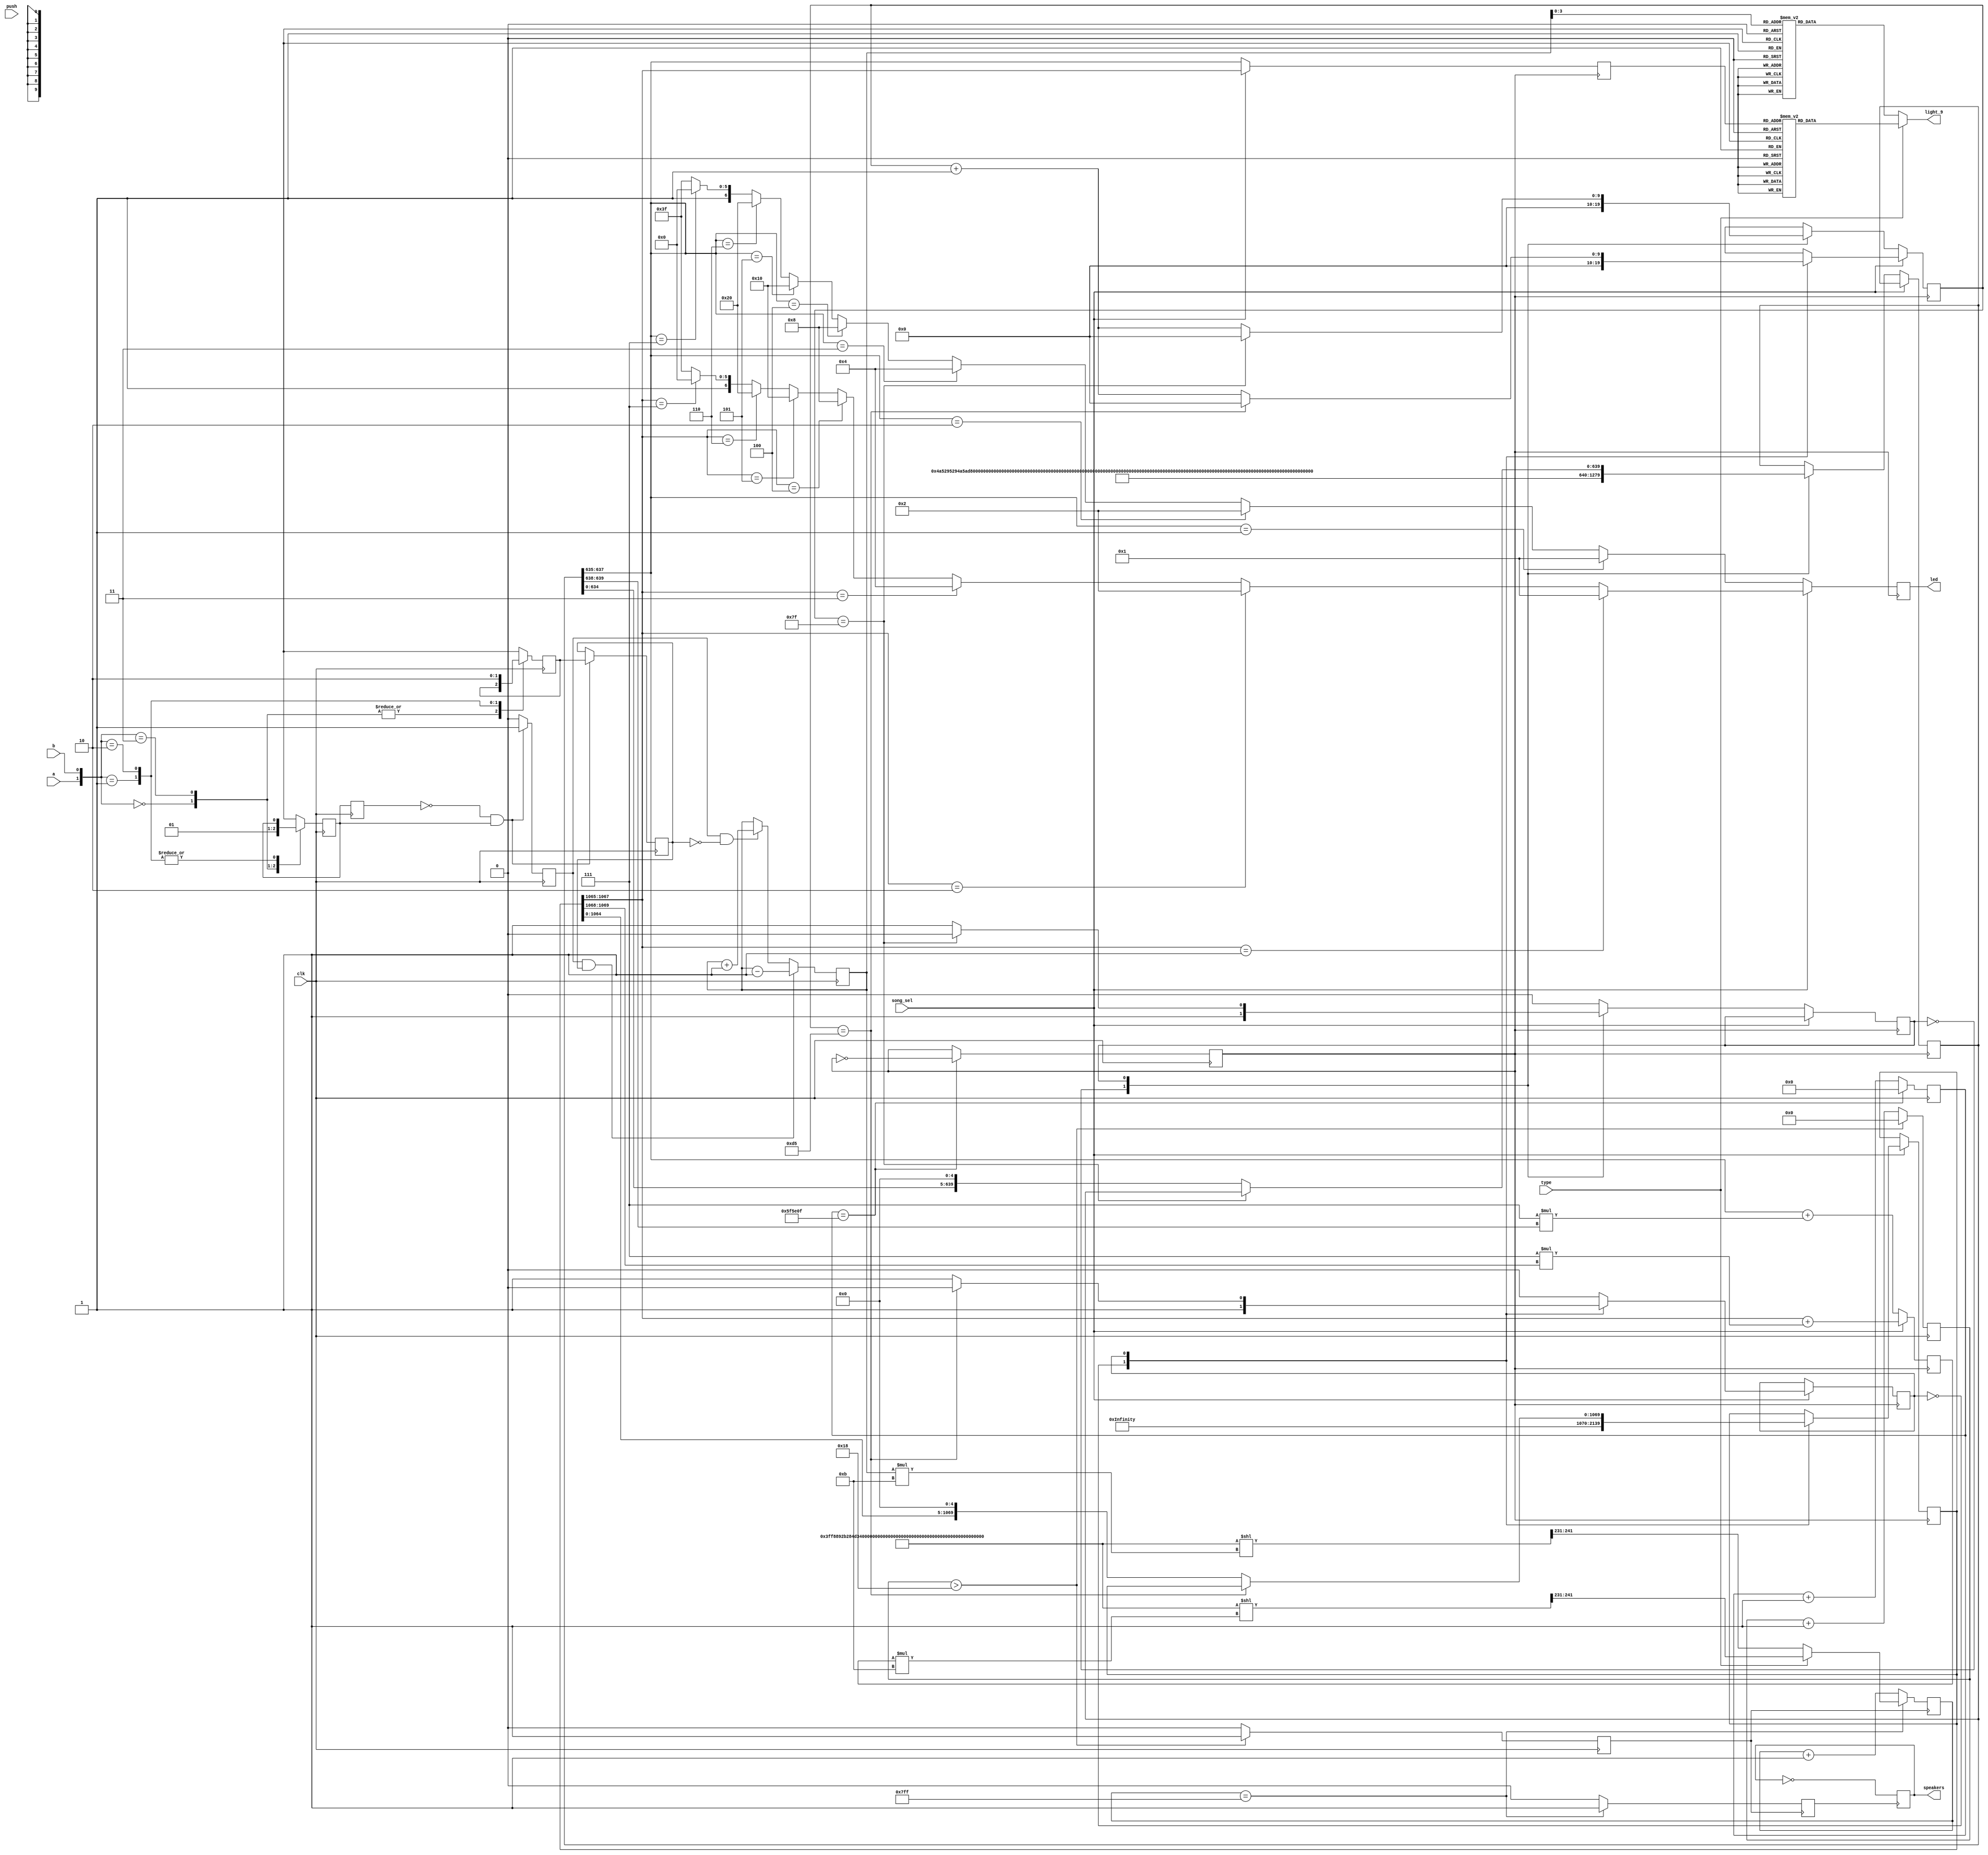
`timescale 1ns / 1ps
//////////////////////////////////////////////////////////////////////////////////
// Company: 
// Engineer: 
// 
// Design Name: 
// Module Name:    music3 
// Project Name: 
// Target Devices: 
// Tool versions: 
// Description: 
//
// Dependencies: 
//
// Revision: 
// Revision 0.01 - File Created
// Additional Comments: 
//
//////////////////////////////////////////////////////////////////////////////////

module piano(clk,song_sel,led,speakers,light_9,type,a, b, push);

input a, b, push;
reg qa = 0, qb = 0;
reg qa_dly = 0;
reg rot_event = 0; 
reg rot_left = 0;


input clk;
input song_sel;
output [6:0]led; 
input type;//
reg speaker;
output speakers;
output [7:0]light_9;
reg[7:0] lcd_9;

reg [31:0]p;
reg clk_8Hz;
always@(posedge clk)
	begin
		if(p==25000000/4-1)			
		begin clk_8Hz=~clk_8Hz;
			p<=0;
			end
		else p<=p+1;
	end	
reg[2:0] code;//01234567
reg[6:0] led;//0,1,2,3,4,5,6,7
reg[4:0] note;//0~21
reg [1069:0]buf_music1;
		reg [639:0]buf_music2;
		parameter s0=1'b0,s1=1'b1;
		reg state1,state2;
		reg [9:0]cnt;//
//{}
//2000110
//301234567
parameter music1={{2'b01,3'd7},{2'b01,3'd7},{2'b01,3'd6},{2'b01,3'd6},{2'b01,3'd7},{2'b01,3'd7},
{2'b01,3'd5},{2'b01,3'd5},{2'b01,3'd5},{2'b01,3'd6},{2'b01,3'd4},{2'b01,3'd4},{2'b01,3'd3},{2'b01,3'd3},
{2'b01,3'd2},{2'b01,3'd3},{2'b01,3'd4},{2'b01,3'd3},{2'b01,3'd5},{2'b01,3'd5},{2'b01,3'd5},{2'b01,3'd3},
{2'b01,3'd2},{2'b01,3'd3},{2'b01,3'd5},{2'b01,3'd2},{2'b01,3'd3},{2'b01,3'd4},{2'b01,3'd3},{2'b01,3'd2},
{2'b01,3'd1},{2'b01,3'd1},{2'b01,3'd1},{2'b01,3'd1},{2'b01,3'd1},{2'b01,3'd1},{2'b01,3'd5},{2'b01,3'd5},
{2'b00,3'd7},{2'b00,3'd7},{2'b01,3'd2},{2'b01,3'd2},{2'b00,3'd6},{2'b00,3'd6},{2'b01,3'd1},{2'b01,3'd1},
{2'b00,3'd5},{2'b00,3'd5},{2'b00,3'd5},{2'b00,3'd5},{2'b00,3'd5},{2'b00,3'd5},{2'b00,3'd6},{2'b01,3'd1},
{2'b00,3'd5},{2'b00,3'd5},{2'b00,3'd5},{2'b00,3'd5},{2'b00,3'd5},{2'b00,3'd5},{2'b00,3'd5},{2'b00,3'd5},
{2'b00,3'd3},{2'b00,3'd3},{2'b00,3'd3},{2'b00,3'd3},{2'b00,3'd5},{2'b00,3'd5},{2'b00,3'd5},{2'b00,3'd6},
{2'b01,3'd1},{2'b01,3'd1},{2'b01,3'd1},{2'b01,3'd2},{2'b00,3'd6},{2'b01,3'd1},{2'b00,3'd5},{2'b00,3'd5},
{2'b01,3'd5},{2'b01,3'd5},{2'b01,3'd5},{2'b10,3'd1},{2'b01,3'd6},{2'b01,3'd5},{2'b01,3'd3},{2'b01,3'd5},
{2'b01,3'd2},{2'b01,3'd2},{2'b01,3'd2},{2'b01,3'd2},{2'b01,3'd2},{2'b01,3'd2},{2'b01,3'd2},{2'b01,3'd2},
{2'b01,3'd2},{2'b01,3'd2},{2'b01,3'd2},{2'b01,3'd3},{2'b00,3'd7},{2'b00,3'd7},{2'b00,3'd6},{2'b00,3'd6},
{2'b00,3'd5},{2'b00,3'd5},{2'b00,3'd5},{2'b00,3'd6},{2'b01,3'd1},{2'b01,3'd1},{2'b01,3'd2},{2'b01,3'd2},		
{2'b00,3'd3},{2'b00,3'd3},{2'b01,3'd1},{2'b01,3'd1},{2'b00,3'd6},{2'b00,3'd5},{2'b00,3'd6},{2'b01,3'd1},
{2'b00,3'd5},{2'b00,3'd5},{2'b00,3'd5},{2'b00,3'd5},{2'b00,3'd5},{2'b00,3'd5},{2'b00,3'd5},{2'b00,3'd5},	
{2'b01,3'd3},{2'b01,3'd3},{2'b01,3'd3},{2'b01,3'd5},{2'b00,3'd7},{2'b00,3'd7},{2'b01,3'd2},{2'b01,3'd2},
{2'b00,3'd6},{2'b01,3'd1},{2'b00,3'd5},{2'b00,3'd5},{2'b00,3'd5},{2'b00,3'd5},{2'b00,3'd5},{2'b00,3'd5},
{2'b00,3'd3},{2'b00,3'd5},{2'b00,3'd5},{2'b00,3'd3},{2'b00,3'd5},{2'b00,3'd6},{2'b00,3'd7},{2'b01,3'd2},	
{2'b00,3'd6},{2'b00,3'd6},{2'b00,3'd6},{2'b00,3'd6},{2'b00,3'd6},{2'b00,3'd6},{2'b00,3'd5},{2'b00,3'd6},	
{2'b01,3'd1},{2'b01,3'd1},{2'b01,3'd1},{2'b01,3'd2},{2'b01,3'd5},{2'b01,3'd5},{2'b01,3'd3},{2'b01,3'd3},	
{2'b01,3'd2},{2'b01,3'd2},{2'b01,3'd3},{2'b01,3'd2},{2'b01,3'd1},{2'b01,3'd1},{2'b00,3'd6},{2'b00,3'd5},
{2'b00,3'd3},{2'b00,3'd3},{2'b00,3'd3},{2'b00,3'd3},{2'b01,3'd1},{2'b01,3'd1},{2'b01,3'd1},{2'b01,3'd1},	
{2'b00,3'd6},{2'b01,3'd1},{2'b00,3'd6},{2'b00,3'd5},{2'b00,3'd3},{2'b00,3'd5},{2'b00,3'd6},{2'b01,3'd1},	
{2'b00,3'd5},{2'b00,3'd5},{2'b00,3'd5},{2'b00,3'd5},{2'b00,3'd5},{2'b00,3'd5},{2'b01,3'd3},{2'b01,3'd5},
{2'b01,3'd2},{2'b01,3'd3},{2'b01,3'd2},{2'b01,3'd1},{2'b00,3'd7},{2'b00,3'd7},{2'b00,3'd6},{2'b00,3'd6},
{2'b00,3'd5},{2'b00,3'd5},{2'b00,3'd5},{2'b00,3'd5},{2'b00,3'd5},{2'b00,3'd5},{2'b00,3'd5},{2'b00,3'd5}};
parameter music2={{2'd1,3'd1},{2'd1,3'd1},{2'd1,3'd1},{2'd1,3'd1},
{2'd1,3'd2},{2'd1,3'd2},{2'd1,3'd2},{2'd1,3'd2},
{2'd1,3'd3},{2'd1,3'd3},{2'd1,3'd3},{2'd1,3'd3},
{2'd1,3'd1},{2'd1,3'd1},{2'd1,3'd1},{2'd1,3'd1},
{2'd1,3'd1},{2'd1,3'd1},{2'd1,3'd1},{2'd1,3'd1},	
{2'd1,3'd2},{2'd1,3'd2},{2'd1,3'd2},{2'd1,3'd2},
{2'd1,3'd3},{2'd1,3'd3},{2'd1,3'd3},{2'd1,3'd3},
{2'd1,3'd1},{2'd1,3'd1},{2'd1,3'd1},{2'd1,3'd1},
{2'd1,3'd3},{2'd1,3'd3},{2'd1,3'd3},{2'd1,3'd3},
{2'd1,3'd4},{2'd1,3'd4},{2'd1,3'd4},{2'd1,3'd4},
{2'd1,3'd5},{2'd1,3'd5},{2'd1,3'd5},{2'd1,3'd5},
{2'd1,3'd5},{2'd1,3'd5},{2'd1,3'd5},{2'd1,3'd5},
{2'd1,3'd3},{2'd1,3'd3},{2'd1,3'd3},{2'd1,3'd3},
{2'd1,3'd4},{2'd1,3'd4},{2'd1,3'd4},{2'd1,3'd4},
{2'd1,3'd5},{2'd1,3'd5},{2'd1,3'd5},{2'd1,3'd5},
{2'd1,3'd5},{2'd1,3'd5},{2'd1,3'd5},{2'd1,3'd6},
{2'd1,3'd5},{2'd1,3'd5},{2'd1,3'd5},{2'd1,3'd4},
{2'd1,3'd3},{2'd1,3'd3},{2'd1,3'd3},{2'd1,3'd3},
{2'd1,3'd1},{2'd1,3'd1},{2'd1,3'd1},{2'd1,3'd1},
{2'd1,3'd5},{2'd1,3'd5},{2'd1,3'd5},{2'd1,3'd6},
{2'd1,3'd5},{2'd1,3'd5},{2'd1,3'd5},{2'd1,3'd4},
{2'd1,3'd3},{2'd1,3'd3},{2'd1,3'd3},{2'd1,3'd3},
{2'd1,3'd1},{2'd1,3'd1},{2'd1,3'd1},{2'd1,3'd1},
{2'd1,3'd1},{2'd1,3'd1},{2'd1,3'd1},{2'd1,3'd1},
{2'd1,3'd5},{2'd1,3'd5},{2'd1,3'd5},{2'd1,3'd5},
{2'd1,3'd1},{2'd1,3'd1},{2'd1,3'd1},{2'd1,3'd1},
{2'd1,3'd1},{2'd1,3'd1},{2'd1,3'd1},{2'd1,3'd1},
{2'd1,3'd5},{2'd1,3'd5},{2'd1,3'd5},{2'd1,3'd5},
{2'd1,3'd1},{2'd1,3'd1},{2'd1,3'd1},{2'd1,3'd1}};


always @(posedge clk)		
begin
case ({a,b})
	2'b00:
		begin
			qa <= 0;
			qb <= qb;
		end
	2'b11:
		begin
			qa <= 1;
			qb <= qb;
		end
	2'b01:
		begin
			qa <= qa;
			qb <= 1;
		end
	2'b10:
		begin
			qa <= qa;
			qb <= 0;
		end
	default:
		begin
			qa <= qa;
			qb <= qb;
		end
endcase
end

always @(posedge clk)		
begin
	qa_dly <= qa;			
	if ((qa_dly == 0) && (qa == 1))		
		begin
			rot_event = 1; 
			rot_left = qb;		
		end
	else
		begin
			rot_event = 0; 
			rot_left = rot_left;
		end
end

reg [31:0]flag;
initial flag=0;

reg [31:0]flags;
always @(posedge clk)
begin		
			if (rot_event==1&&rot_left==1)
				begin
			flag<=flag-1;
				end
			else if(rot_event==1&&rot_left==0)
				begin
			flag<=flag+1;
				end
			if(push)
			flags<=flag;
end



always @(posedge clk_8Hz)
	begin
		
		if(song_sel)//
			begin
						case(state1)
								s0:begin 
										buf_music1[1069:0]<=music1;
										state1<=s1;
										cnt<=0;
									end
								s1:if(cnt==(1070/5-1))//
											begin 
											cnt<=0;
											state1<=s0;
											end
									else 
											begin 
											cnt<=cnt+1;
											buf_music1[1069:0]<=buf_music1[1069:0]<<5;//
											end
								default:state1<=s0;
						endcase
							note=buf_music1[1067:1065]+7*buf_music1[1069:1068];
							code=buf_music1[1067:1065];
							led=(buf_music1[1067:1065]==3'b001)?7'b0000001:((buf_music1[1067:1065]==3'b010)?7'b0000010:((buf_music1[1067:1065]==3'b011)?7'b0000100:((buf_music1[1067:1065]==3'b100)?7'b0001000:((buf_music1[1067:1065]==3'b101)?7'b0010000:((buf_music1[1067:1065]==3'b110)?7'b0100000:((buf_music1[1067:1065]==3'b111)?7'b1000000:7'b1111111))))));
				end
		else
				begin
					case(state2)
						s0:
								begin 
								buf_music2[639:0]<=music2;
								state2<=s1;cnt<=0;
								end
						s1:
								if(cnt==(640/5-1))
								begin cnt<=0;state2<=s0;
								end
								else 
								begin cnt<=cnt+1;
								buf_music2[639:0]<=buf_music2[639:0]<<5;
								end
								default:state2<=s0;
				    endcase
					note=buf_music2[637:635]+7*buf_music2[639:638];
					code=buf_music2[637:635];
					led=(buf_music2[637:635]==3'b001)?7'b0000001:((buf_music2[637:635]==3'b010)?7'b0000010:((buf_music2[637:635]==3'b011)?7'b0000100:((buf_music2[637:635]==3'b100)?7'b0001000:((buf_music2[637:635]==3'b101)?7'b0010000:((buf_music2[637:635]==3'b110)?7'b0100000:((buf_music2[637:635]==3'b111)?7'b1000000:7'b1111111))))));
					end
				end
				

reg[10:0]Tone;
//1MHz
parameter pre_divf={11'b11111111111,11'd137,11'd345,11'd531,11'd616,11'd773,11'd912,11'd1036,11'd1092,11'd1197,11'd1290,11'd1332,11'd1410,11'd1480,11'd1542,11'd1570,11'd1622,11'd1668,11'd1690,11'd1728,11'd1764,11'd1795};
reg[241:0]pre_divf_buf;


task ascll;
input[3:0]ascll_in;
output[7:0]ascll_out;
		begin
			case(ascll_in)
			4'b0000: ascll_out=8'b00110000;
			4'b0001: ascll_out=8'b00110001;
			4'b0010: ascll_out=8'b00110010;
			4'b0011: ascll_out=8'b00110011;
			4'b0100: ascll_out=8'b00110100;
			4'b0101: ascll_out=8'b00110101;
			4'b0110: ascll_out=8'b00110110;
			4'b0111: ascll_out=8'b00110111;
			4'b1000: ascll_out=8'b00111000;
			4'b1001: ascll_out=8'b00111001;
			default: ascll_out=8'b0010000;
			endcase
		end
endtask

always@(code or flags)//
	begin	
	if(type)
		ascll(code,lcd_9);
	else
		ascll(flag,lcd_9);
	end
	
assign light_9=lcd_9;




always@(note or flags)//
	begin
			if(type)
			begin
				pre_divf_buf=pre_divf;
				pre_divf_buf=pre_divf_buf<<(note*11);
				Tone=pre_divf_buf[241:231];//11
			end	
			else	
			begin
			pre_divf_buf=pre_divf;
				pre_divf_buf=pre_divf_buf<<(flag*11);
				Tone=pre_divf_buf[241:231];//11
				end
  end
reg PreCLK,FullSpkS;
reg [6:0]count;
always @(posedge clk)
	begin		
		PreCLK<=0;//CLK25PreCLKCLK25
		if(count>24)
			begin 
			PreCLK<=1;
			count=0;
			end
		else
			count=count+1;
	end
	
reg [10:0]Count11;	

always@(posedge PreCLK)
	begin//11
		
		if(Count11==11'h7FF)
			begin 
			Count11=Tone;
			FullSpkS<=1;
			end
		else
			begin 
			Count11=Count11+1;
			FullSpkS<=0;
			end
		end
		
		
always@(posedge FullSpkS)
	begin//2
		speaker=~speaker;
	end
assign speakers=speaker;
endmodule